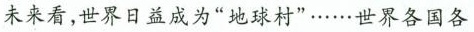
未来看，世界日益成为”地球村”……世界各国各